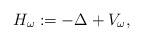
LaTeX: \begin{align*} H_\omega := - \Delta + V_\omega ,\end{align*}